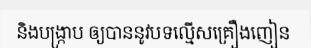
និងបង្ក្រាប ឲ្យបាននូវបទល្មើសគ្រឿងញៀន